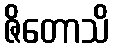
ဇိတောသိ